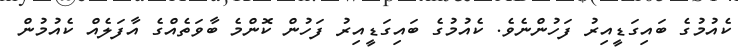
ކެއުމުގެ ބައިގަޑީއިރު ފަހުންނެވެ. ކެއުމުގެ ބައިގަޑީއިރު ފަހުން ކޮންމެ ބާވަތެއްގެ އާފަލެއް ކެއުމުން